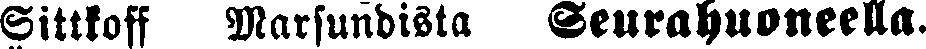
Sittkoff Marsundista Seurahuoneella.